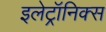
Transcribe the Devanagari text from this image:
इलेट्रॉनिक्स